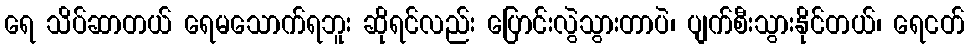
ရေ သိပ်ဆာတယ် ရေမသောက်ရဘူး ဆိုရင်လည်း ပြောင်းလွဲသွားတာပဲ၊ ပျက်စီးသွားနိုင်တယ်၊ ရေငတ်